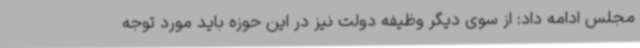
مجلس ادامه داد: از سوی دیگر وظیفه دولت نیز در این حوزه باید مورد توجه